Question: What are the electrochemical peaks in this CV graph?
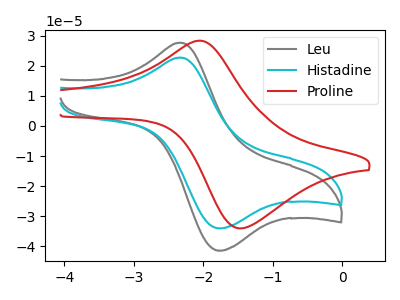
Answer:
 <answer>The gray curve "Leu" has an anodic peak at (-2.30V, 27.70uA) and a cathodic peak at (-1.75V, -41.35uA). The cyan curve "Histadine" has an anodic peak at (-2.30V, 22.70uA) and a cathodic peak at (-1.75V, -33.95uA). The red curve "Proline" has an anodic peak at (-2.10V, 28.30uA) and a cathodic peak at (-1.45V, -34.00uA).</answer>
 <eval></eval>